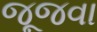
જૂજવા